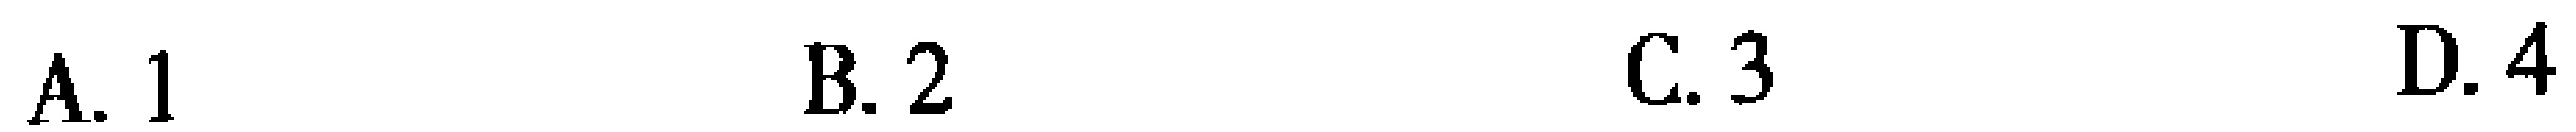
A. 1 \qquad B. 2 \qquad C. 3 \qquad D. 4